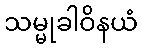
သမ္မုခါဝိနယံ